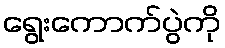
ရွေးကောက်ပွဲကို